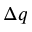
\Delta q